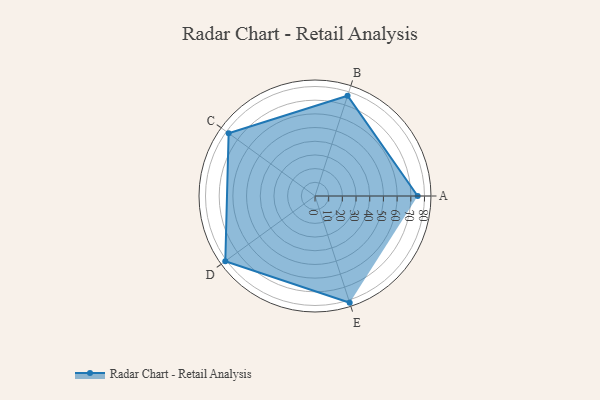
{"axis": {"x": "Skill", "y": "Score"}, "legend": ["Profile"], "data": [{"x": "A", "y": 75.0, "type": "Profile"}, {"x": "B", "y": 77.0, "type": "Profile"}, {"x": "C", "y": 78.0, "type": "Profile"}, {"x": "D", "y": 81.0, "type": "Profile"}, {"x": "E", "y": 82.0, "type": "Profile"}]}